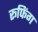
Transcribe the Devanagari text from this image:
रूफिंग